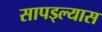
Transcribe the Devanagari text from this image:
सापड्ल्यास